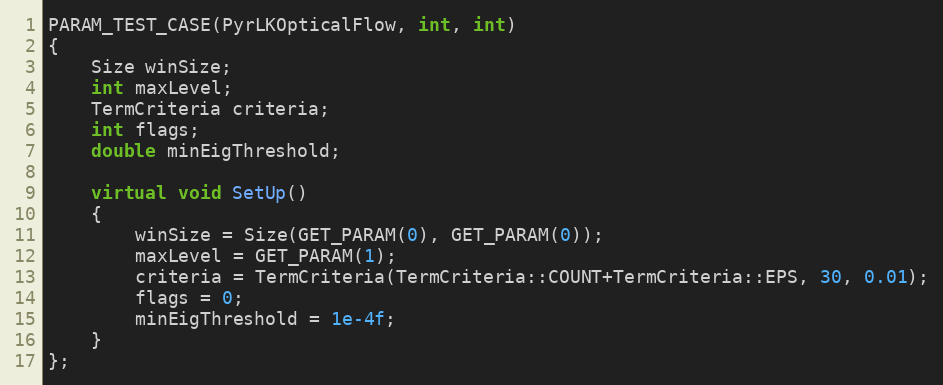
Language: C++
PARAM_TEST_CASE(PyrLKOpticalFlow, int, int)
{
    Size winSize;
    int maxLevel;
    TermCriteria criteria;
    int flags;
    double minEigThreshold;

    virtual void SetUp()
    {
        winSize = Size(GET_PARAM(0), GET_PARAM(0));
        maxLevel = GET_PARAM(1);
        criteria = TermCriteria(TermCriteria::COUNT+TermCriteria::EPS, 30, 0.01);
        flags = 0;
        minEigThreshold = 1e-4f;
    }
};